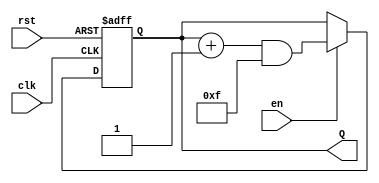
module UpCounter (
    input wire clk,            // Clock input
    input wire en,             // Enable input
    input wire rst,            // Asynchronous reset input
    output reg [n-1:0] Q       // n-bit output for count value
);
    parameter n = 4;           // Define the width of the counter (e.g., 4 bits)

    // Asynchronous reset and counting logic
    always @(posedge clk or posedge rst) begin
        if (rst) begin
            Q <= 0;            // Reset counter to 0
        end else if (en) begin
            Q <= (Q + 1) & ((1 << n) - 1); // Increment counter and handle overflow
        end
    end
endmodule